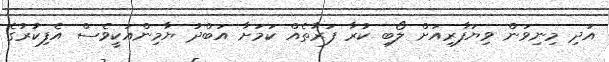
އަދި މިނިވަން ވިޔަފާރިއަށް ލޯބި ކުރާ ފަރާތެއް ކަމަށާ އަބްދު ޔާމިންއަކީވެސް އެފިކުރުގެ